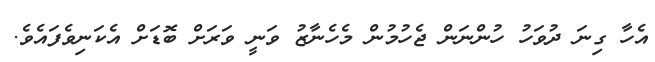
އެހާ ގިނަ ދުވަހު ހުންނަން ޖެހުމުން މެހެނާޒު ވަނީ ވަރަށް ބޮޑަށް އެކަނިވެފައެވެ.